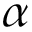
\alpha